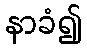
နာခံ၍